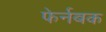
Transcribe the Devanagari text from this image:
फेर्नबक